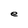
Character: e